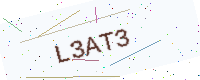
Text: L3AT3